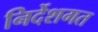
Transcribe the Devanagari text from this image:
निर्देशगत